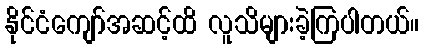
နိုင်ငံကျော်အဆင့်ထိ လူသိများခဲ့ကြပါတယ်။